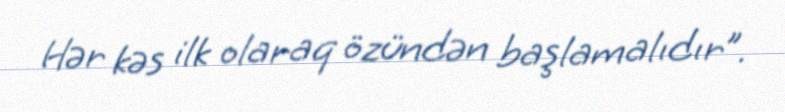
Hər kəs ilk olaraq özündən başlamalıdır”.